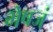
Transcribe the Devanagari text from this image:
भेषजं